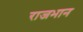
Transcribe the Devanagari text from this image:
राजभान